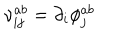
LaTeX: \nu _ { i j } ^ { a b } = \partial _ { i } \phi _ { j } ^ { a b }